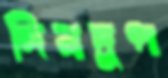
দিনদুপ